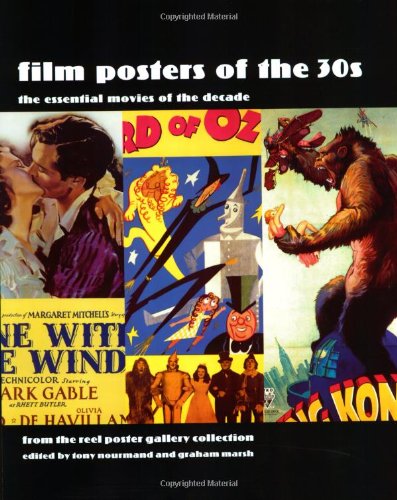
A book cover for Film Posters of the 30s: The Essential Movies of the Decade; Crafts, Hobbies & Home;